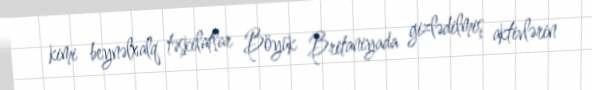
kimi beynəlxalq təşkilatlar Böyük Britaniyada gizlədilmiş aktivlərin